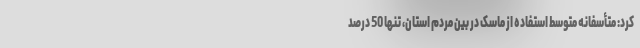
کرد: متأسفانه متوسط استفاده از ماسک در بین مردم استان، تنها 50 درصد